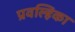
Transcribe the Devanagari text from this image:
प्रवल्हिका